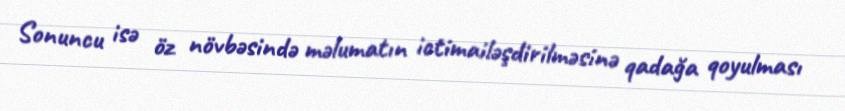
Sonuncu isə öz növbəsində məlumatın ictimailəşdirilməsinə qadağa qoyulması